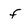
Character: f